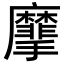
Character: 𪎮